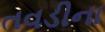
તવડીના